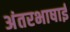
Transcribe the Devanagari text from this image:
अंतरभाषाई